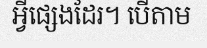
អ្វីផ្សេងដែរ។ បើតាម